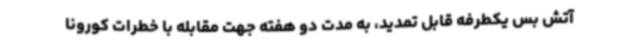
آتش بس یکطرفه قابل تمدید، به مدت دو هفته جهت مقابله با خطرات کورونا